Vaccine operations Central Provinces & Berar 1912-1920 - 1912-1920
Year: 1912
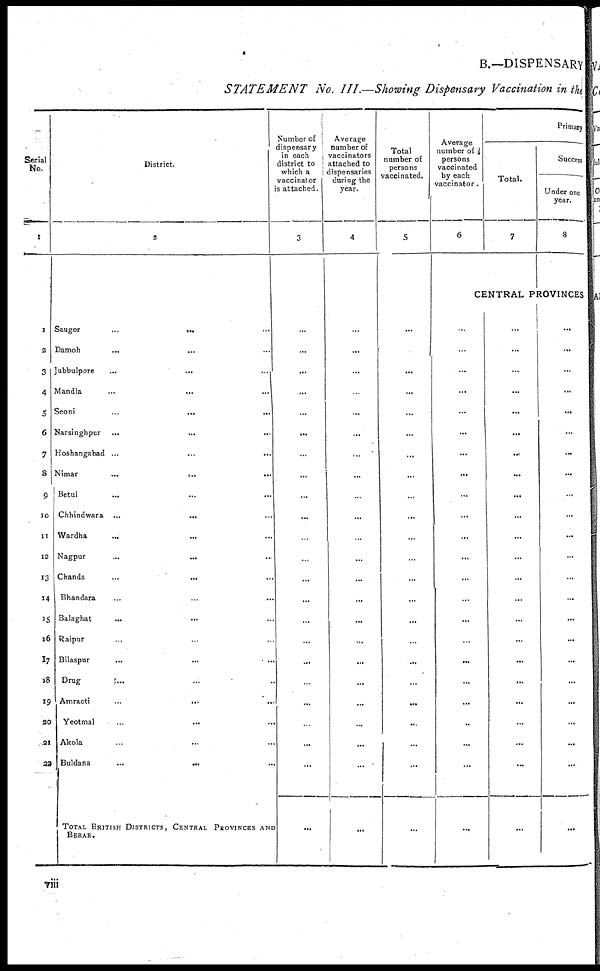
B.—DISPENSARY
STATEMENT No. III.—Showing Dispensary Vaccination in the
Serial
No.
1
1
2
3
4
5
6
7
8
9
10
11
12
13
14
15
16
17
18
19
20
21
22
District.
2
Saugor ... ... ...
Damoh ... ... ...
Jubbulpore
...
...
...
Mandla ... ... ...
Seoni
...
...
...
Narsinghpur
...
...
...
Hoshangabad
...
...
...
Nimar
...
...
...
Betul ... ... ...
Chhindwara
...
...
...
Wardha ... ... ...
Nagpur ... ... ...
Chanda
...
...
...
Bhandara ... ... ...
Balaghat ... ... ...
Raipur ... ... ...
Bilaspur
...
...
...
Drug ... ... ...
Amraoti
...
...
...
Yeotmal ... ... ...
Akola ... ... ...
Buldana
...
...
...
TOTAL BRITISH DISTRICTS, CENTRAL PROVINCES AND
BERAR.
Number of
dispensary
in each
district to
which a
vaccinator
is attached.
3
...
...
...
...
...
...
...
...
...
...
...
...
...
...
...
...
...
...
...
...
...
...
...
Average
number of
vaccinators
attached to
dispensaries
during the
year.
4
...
...
...
...
...
...
...
...
...
...
...
...
...
...
...
...
...
...
...
...
...
...
...
Total
number of
persons
vaccinated.
5
...
...
...
...
...
...
...
...
...
...
...
...
...
...
...
...
...
...
...
...
...
...
...
Average
number of
persons
vaccinated
by each
vaccinator.
6
Primary
Total.
7
Success
Under one
year.
8
CENTRAL PROVINCES
...
...
...
...
...
...
...
...
...
...
...
...
...
...
...
...
...
...
...
...
...
...
...
...
...
...
...
...
...
...
...
...
...
...
...
...
...
...
...
...
...
...
...
...
...
...
...
...
...
...
...
...
...
...
...
...
...
...
...
...
...
...
...
...
...
...
...
...
...
viii